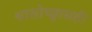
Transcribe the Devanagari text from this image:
श्वासोच्छ्वासही